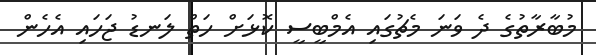
މުބާރާތުގެ ދެ ވަނަ މެޗުގައި އެމްބީސީ ކޮޅަށް ހަތް ލަނޑު ޖަހައި އެހެން